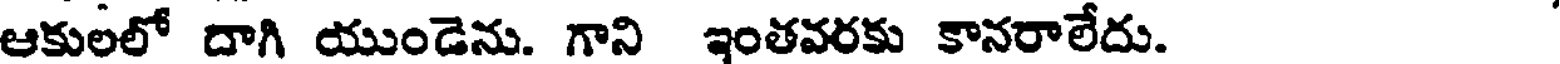
ఆకులలో దాగి యుండెను. గాని ఇంతవరకు కానరాలేదు.